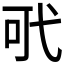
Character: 𢎄